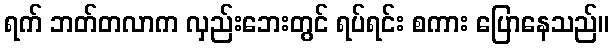
ရက် ဘတ်တလာက လှည်းဘေးတွင် ရပ်ရင်း စကား ပြောနေသည်။